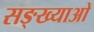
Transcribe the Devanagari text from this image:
सङ्ख्याअाें